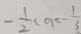
- \frac { 1 } { 2 } < a = - \frac { 1 } { 3 }